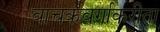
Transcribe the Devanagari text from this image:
वाचकवर्गाकरीता